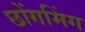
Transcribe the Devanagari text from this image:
छोंगमिंग